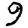
Digit: 9